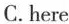
C.here